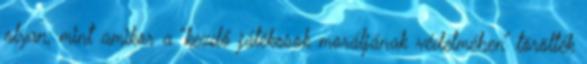
olyan, mint amikor a “kezdő játékosok moráljának védelmében” törölték